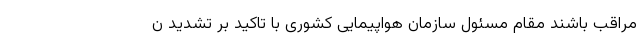
مراقب باشند مقام مسئول سازمان هواپیمایی کشوری با تاکید بر تشدید ن